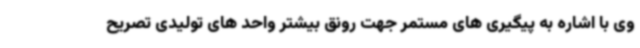
وی با اشاره به پیگیری های مستمر جهت رونق بیشتر واحد های تولیدی تصریح